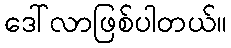
ဒေါ်လာဖြစ်ပါတယ်။